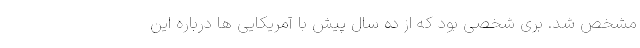
مشخص شد. بری شخصی بود که از ده سال پیش با آمریکایی ها درباره این